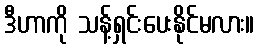
ဒီဟာကို သန့်ရှင်းပေးနိုင်မလား။